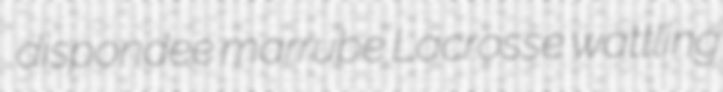
dispondee marrube Lacrosse wattling